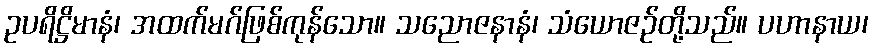
ဥပရိဋ္ဌိမာနံ၊ အထက်မဂ်ဖြစ်ကုန်သော။ သညောဇနာနံ၊ သံယောဇဉ်တို့သည်။ ပဟာနာယ၊